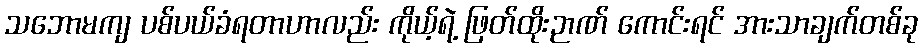
သဘောမကျ ပစ်ပယ်ခံရတာဟာလည်း ကိုယ့်ရဲ့ ဖြတ်ထိုးဉာဏ် ကောင်းရင် အားသာချက်တစ်ခု